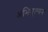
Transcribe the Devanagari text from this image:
अभिमुल्यन